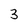
Character: 3